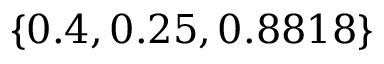
\{ 0 . 4 , 0 . 2 5 , 0 . 8 8 1 8 \}